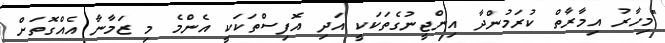
"މިހާރު އިމާރާތް ކުރަމުންދާ އިންޖީނުގެތަކަކީ އަދި އޮފިސްތަކަކީ އެންމެ މި ޒަމާނާ އެއްގޮތަށް